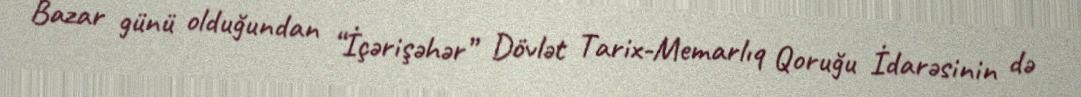
Bazar günü olduğundan “İçərişəhər” Dövlət Tarix-Memarlıq Qoruğu İdarəsinin də